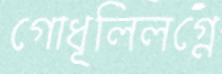
গোধূলিলগ্নে